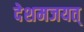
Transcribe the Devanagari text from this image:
देशमजयत्